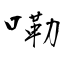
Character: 嘞